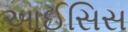
આઈસિસ